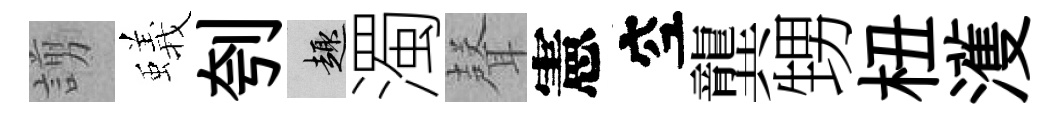
謭蟻刳趣濁𮋻憲空龔甥杻濩